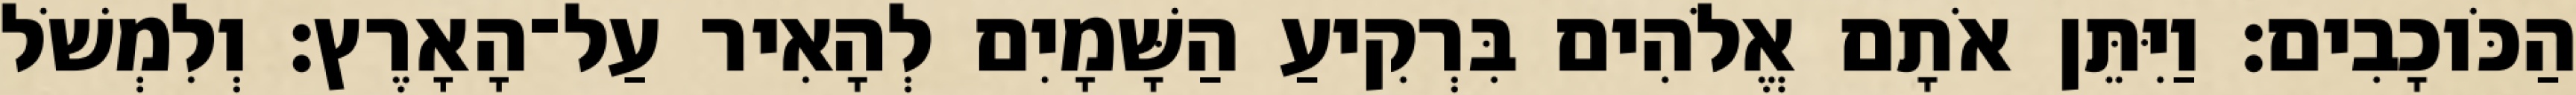
הַכֹּוכָבִים׃ וַיִּתֵּן אֹתָם אֱלֹהִים בִּרְקִיעַ הַשָּׁמָיִם לְהָאִיר עַל־הָאָרֶץ׃ וְלִמְשֹׁל